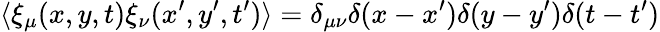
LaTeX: \langle\xi_{\mu}(x,y,t)\xi_{\nu}(x^{\prime},y^{\prime},t^{\prime})\rangle=\delta_{\mu\nu}\delta(x-x^{\prime})\delta(y-y^{\prime})\delta(t-t^{\prime})